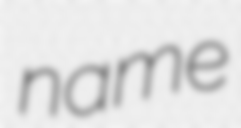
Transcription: name